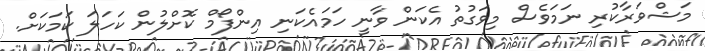
މަޝްވަރާކުރި ނަމަވެސް މިވަގުތު އެކަން ވާނީ ހަމައެކަނި އިންފޯމް ކޮށްލުން ކަހަލަ ކަމަކަށް.